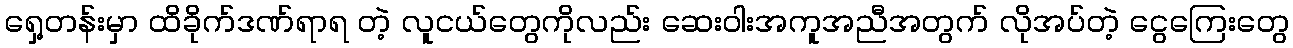
ရှေ့တန်းမှာ ထိခိုက်ဒဏ်ရာရ တဲ့ လူငယ်တွေကိုလည်း ဆေးဝါးအကူအညီအတွက် လိုအပ်တဲ့ ငွေကြေးတွေ